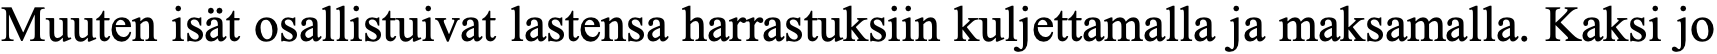
Muuten isät osallistuivat lastensa harrastuksiin kuljettamalla ja maksamalla. Kaksi jo